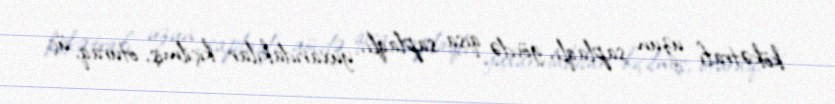
kökətrafı uzun saplaqlı, gövdə qısa saplaqlı, yuxarıdakılar kiçilmiş, oturaq, üç